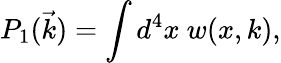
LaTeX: P_{1}(\vec{k})=\int d^{4}x\ w(x,k),